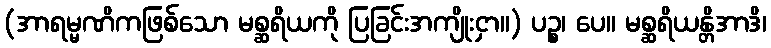
(အာရမ္မဏိကဖြစ်သော မစ္ဆရိယကို ပြခြင်းအကျိုးငှာ။) ပဉ္စ၊ ပေ။ မစ္ဆရိယန္တိအာဒိ၊